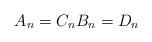
LaTeX: \begin{align*}\begin{aligned}A_n=C_n B_n=D_n\end{aligned}\end{align*}